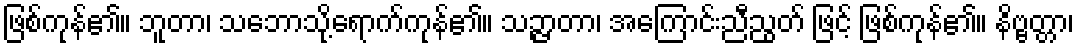
ဖြစ်ကုန်၏။ ဘူတာ၊ သဘောသို့ရောက်ကုန်၏။ သဉ္ဇာတာ၊ အကြောင်းညီညွတ် ဖြင့် ဖြစ်ကုန်၏။ နိဗ္ဗတ္တာ၊